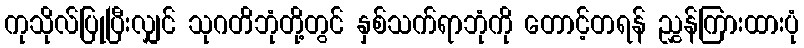
ကုသိုလ်ပြုပြီးလျှင် သုဂတိဘုံတို့တွင် နှစ်သက်ရာဘုံကို တောင့်တရန် ညွှန်ကြားထားပုံ